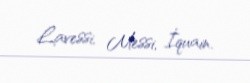
Lavessi, Messi, İquain.